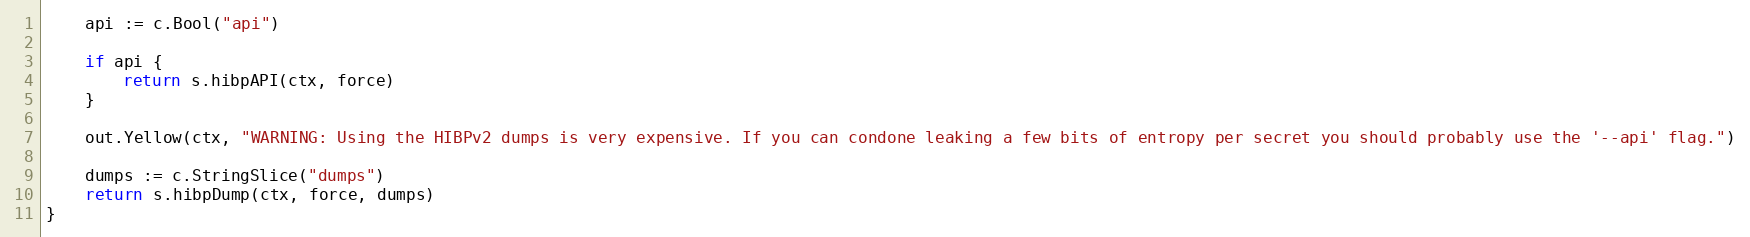
Language: Go
	api := c.Bool("api")

	if api {
		return s.hibpAPI(ctx, force)
	}

	out.Yellow(ctx, "WARNING: Using the HIBPv2 dumps is very expensive. If you can condone leaking a few bits of entropy per secret you should probably use the '--api' flag.")

	dumps := c.StringSlice("dumps")
	return s.hibpDump(ctx, force, dumps)
}